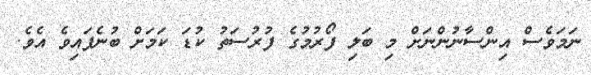
ނަމަވެސް އިންސާނުންނަށް މި ބަލި ފޯރުމުގެ ފުރުސަތު ކުޑަ ކަމަށް ބުނެފައިވެ އެވެ.